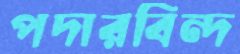
পদারবিন্দ